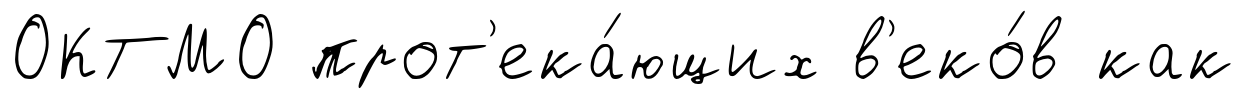
ОКТМО прот'ека́ющих в'еко́в как